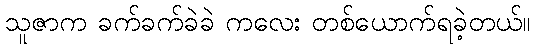
သူဇာက ခက်ခက်ခဲခဲ ကလေး တစ်ယောက်ရခဲ့တယ်။